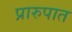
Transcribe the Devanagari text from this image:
प्रारुपात